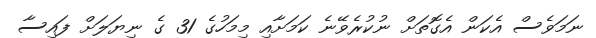
ނަމަވެސް އެކަން އެގޮތަށް ނުކުރެވޭނެ ކަމަށާއި މިމަހުގެ 31 ގެ ނިޔަލަށް ފައިސާ